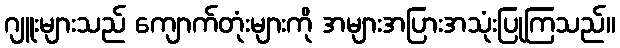
ဂျူးများသည် ကျောက်တုံးများကို အများအပြားအသုံးပြုကြသည်။